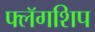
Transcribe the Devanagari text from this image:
फ्लॅगशिप